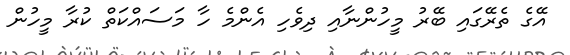
އޭގެ ތެރޭގައި ބޭރު މީހުންނާއި ދިވެހި އެންމެ ހާ މަސައްކަތް ކުރާ މީހުން